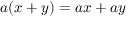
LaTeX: a ( x + y ) = a x + a y